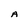
Character: A